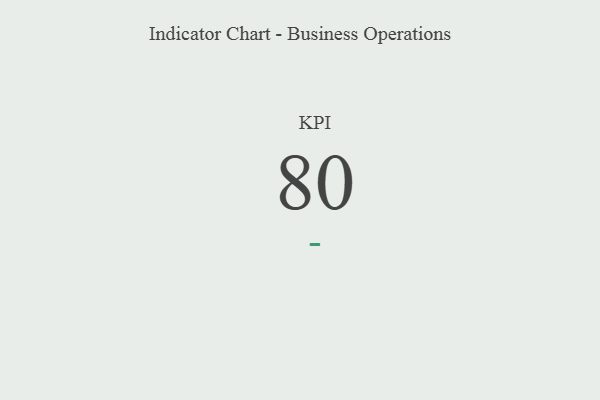
{"axis": {"x": "KPI", "y": "Value"}, "legend": [""], "data": [{"x": "KPI", "y": 80, "type": ""}]}